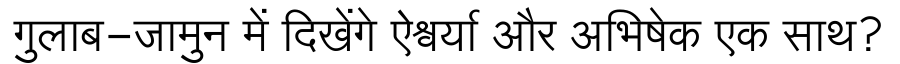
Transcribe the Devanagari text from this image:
गुलाब-जामुन में दिखेंगे ऐश्वर्या और अभिषेक एक साथ?